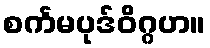
စင်္ကမပုဒ်ဝိဂ္ဂဟ။